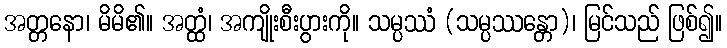
အတ္တနော၊ မိမိ၏။ အတ္ထံ၊ အကျိုးစီးပွားကို။ သမ္ပဿံ (သမ္ပဿန္တော)၊ မြင်သည် ဖြစ်၍။